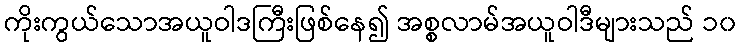
ကိုးကွယ်သောအယူဝါဒကြီးဖြစ်နေ၍ အစ္စလာမ်အယူဝါဒီများသည် ၁၀